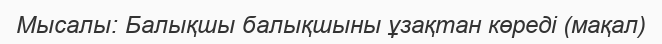
Мысалы: Балықшы балықшыны ұзақтан көреді (мақал)